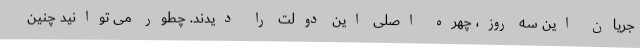
جریان این سه روز، چهره اصلی این دولت را دیدند. چطور می توانید چنین